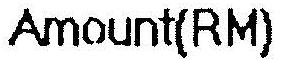
AMOUNT(RM)